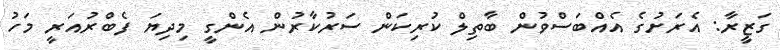
ގަޒީރާ: އެރަށުގެ އެއްބަސްވުން ބާތިލް ކުރިކަން ސަރުކާރުން އެންގީ މިދިޔަ ފެބްރުއަރީ މަހު